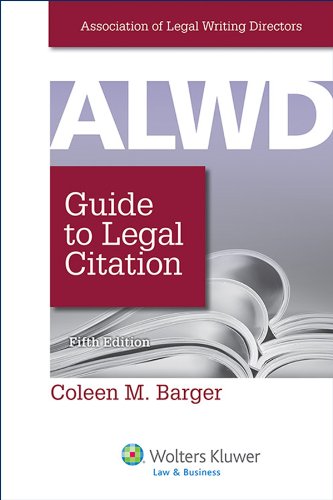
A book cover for ALWD Guide to Legal Citation, Fifth Edition (Aspen Coursebook); Association of Legal Writing Directors; Law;